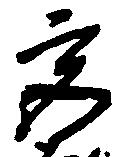
宮